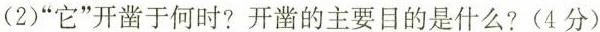
(2)”它”开凿于何时?开凿的主要目的是什么?(4分)